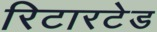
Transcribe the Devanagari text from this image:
रिटारटेड